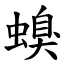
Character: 螑